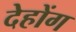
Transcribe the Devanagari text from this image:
देहोंग